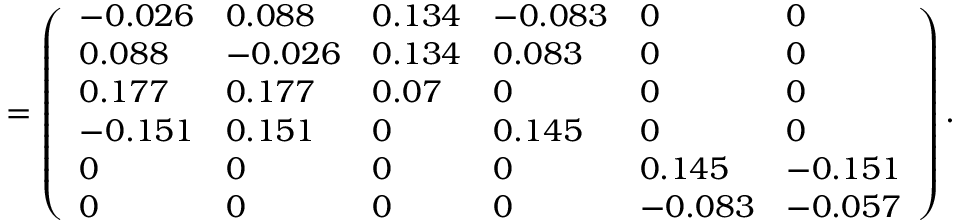
= \left( \begin{array} { l l l l l l } { - 0 . 0 2 6 } & { 0 . 0 8 8 } & { 0 . 1 3 4 } & { - 0 . 0 8 3 } & { 0 } & { 0 } \\ { 0 . 0 8 8 } & { - 0 . 0 2 6 } & { 0 . 1 3 4 } & { 0 . 0 8 3 } & { 0 } & { 0 } \\ { 0 . 1 7 7 } & { 0 . 1 7 7 } & { 0 . 0 7 } & { 0 } & { 0 } & { 0 } \\ { - 0 . 1 5 1 } & { 0 . 1 5 1 } & { 0 } & { 0 . 1 4 5 } & { 0 } & { 0 } \\ { 0 } & { 0 } & { 0 } & { 0 } & { 0 . 1 4 5 } & { - 0 . 1 5 1 } \\ { 0 } & { 0 } & { 0 } & { 0 } & { - 0 . 0 8 3 } & { - 0 . 0 5 7 } \end{array} \right) .